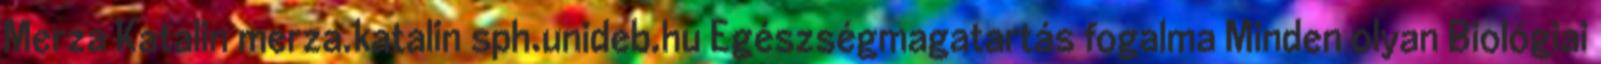
Merza Katalin merza.katalin sph.unideb.hu Egészségmagatartás fogalma Minden olyan Biológiai